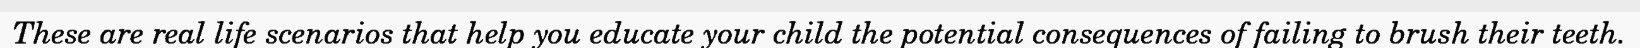
These are real life scenarios that help you educate your child the potential consequences of failing to brush their teeth.